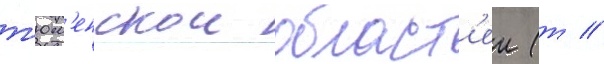
т'юм'енскои област'еи (т //